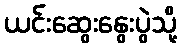
ယင်းဆွေးနွေးပွဲသို့